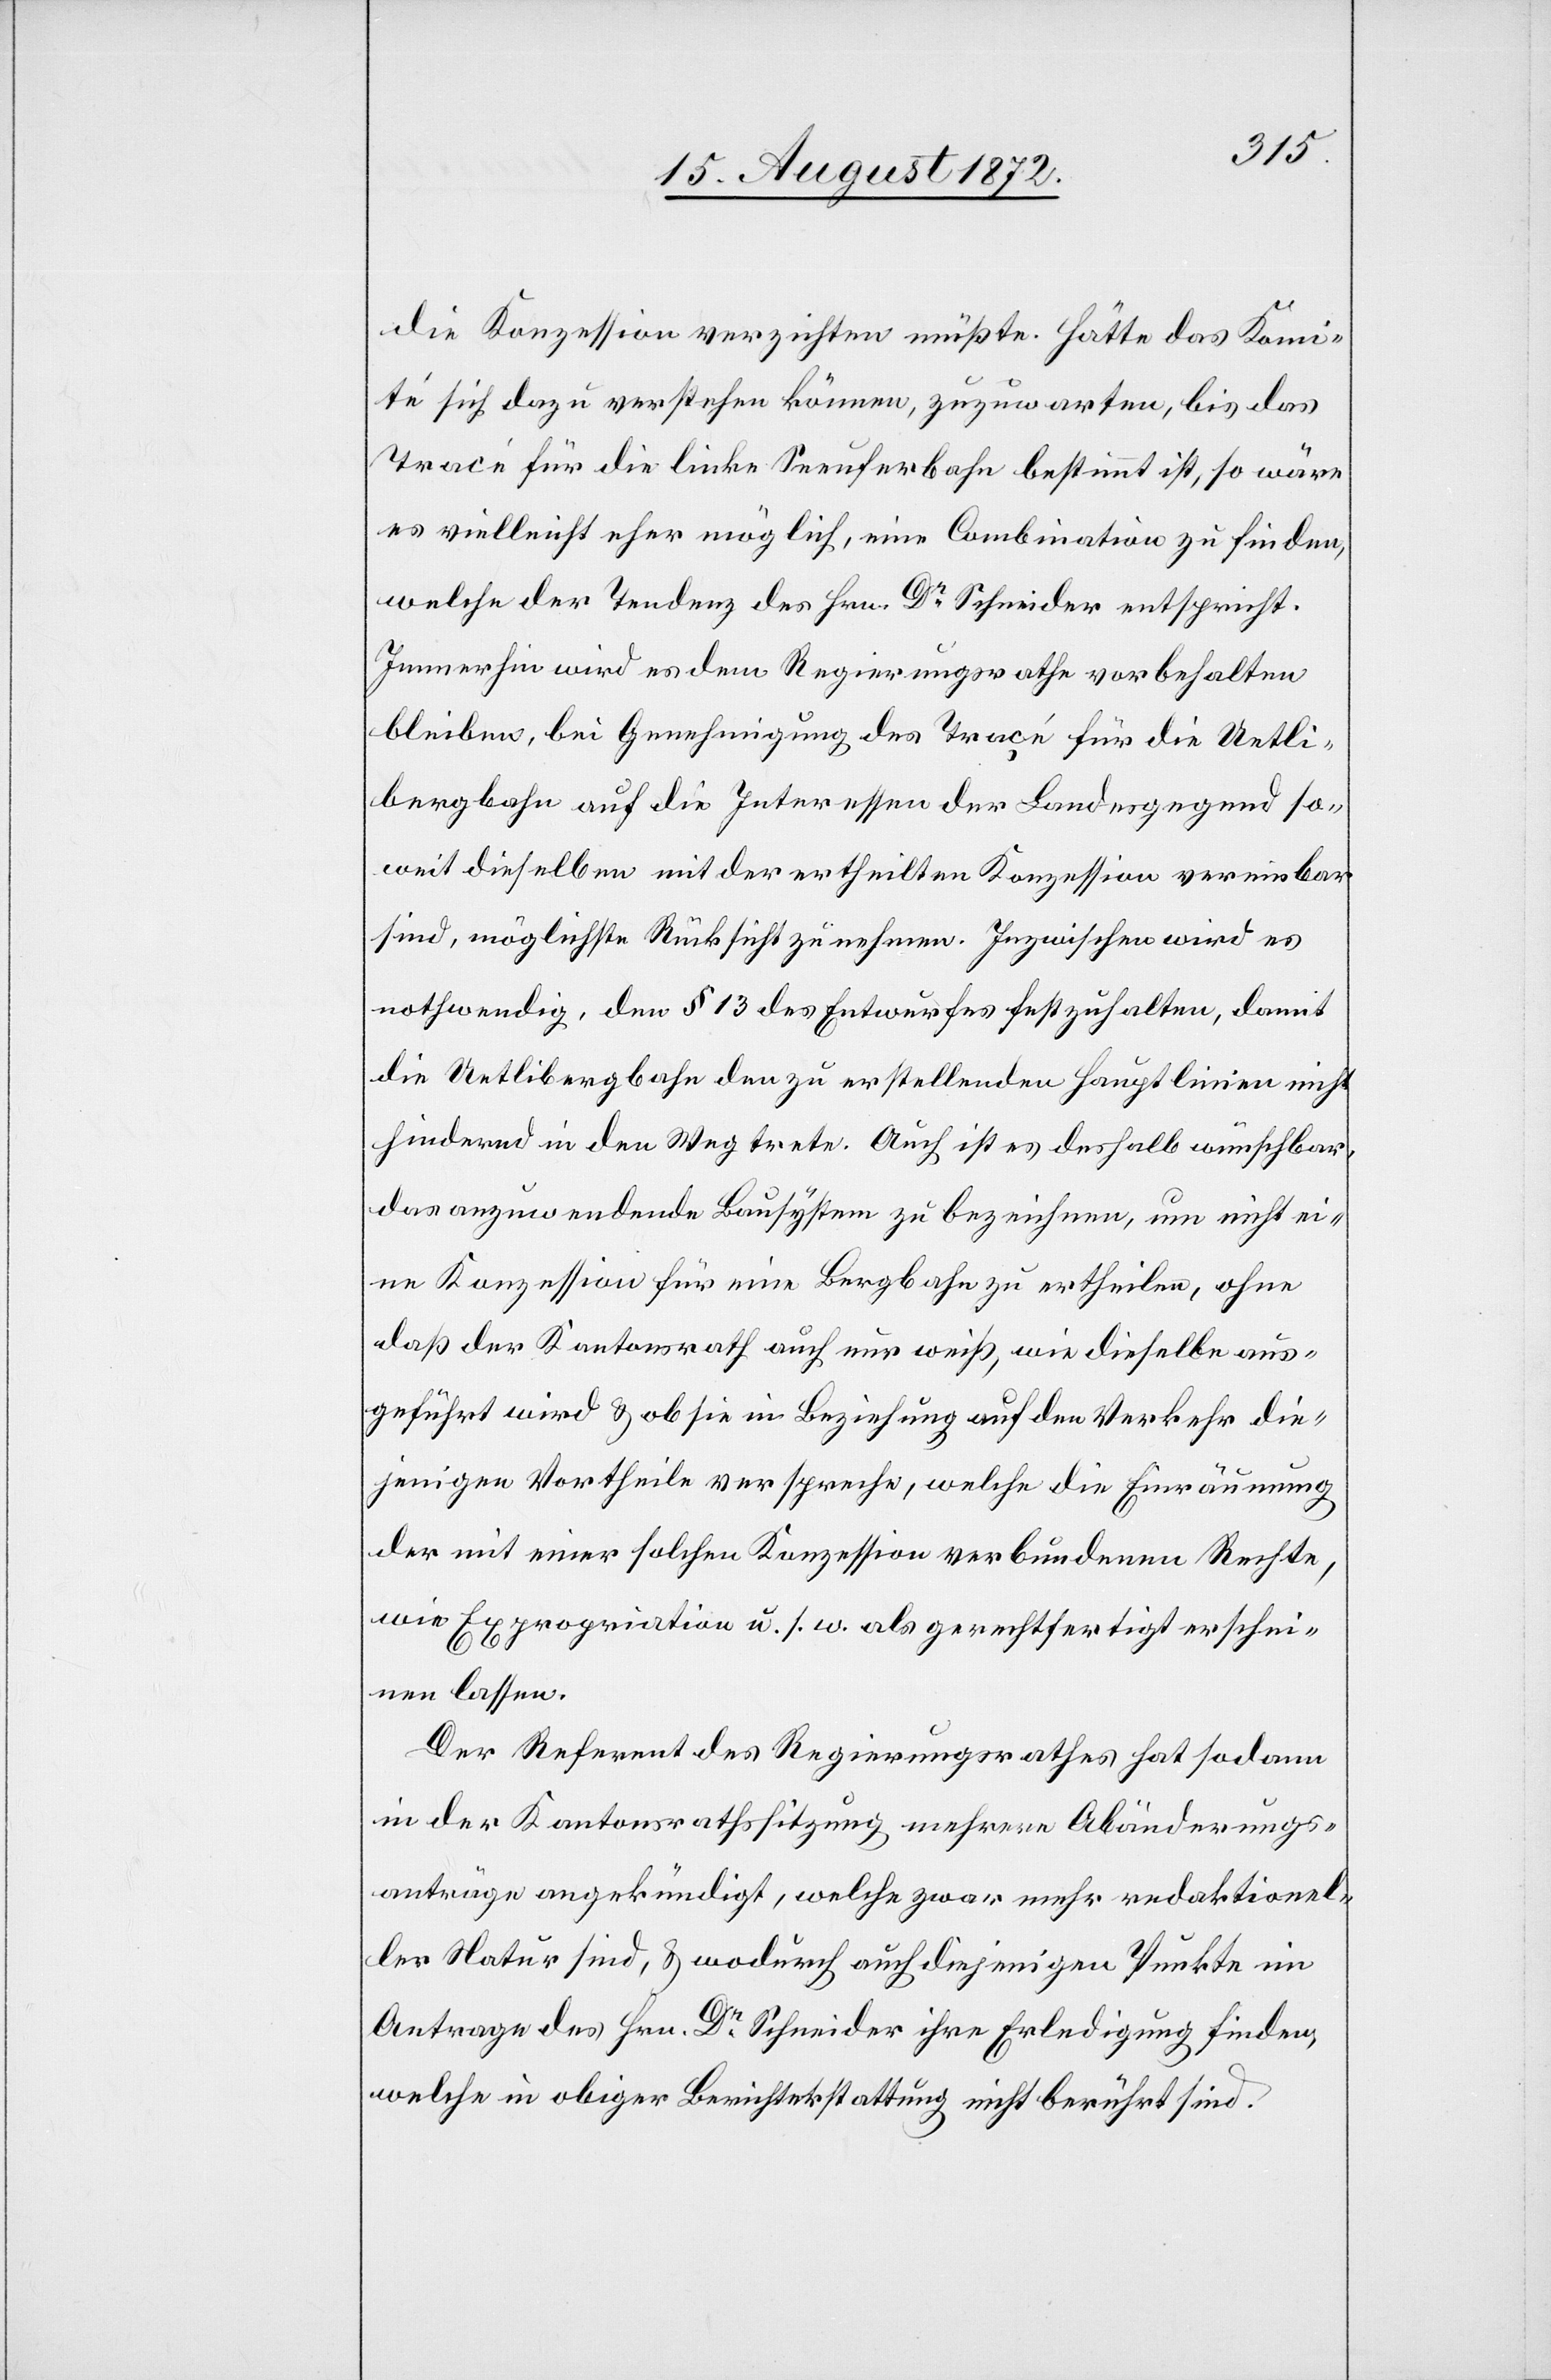
die Konzession verzichten müßte. Hätte das Komi¬
té sich dazu verstehen können, zuzuwarten, bis das
Tracé für die linke Seeuferbahn bestimmt ist, so wäre
es vielleicht eher möglich, eine Combination zu finden,
welche der Tendenz des Hrn. Dr Schneider entspricht.
Immerhin wird es dem Regierungsrathe vorbehalten
bleiben, bei Genehmigung des Traçé für die Uetli¬
bergbahn auf die Interessen der Landesgegend so¬
weit dieselben mit der ertheilten Konzession vereinbar
sind, möglichste Rücksicht zu nehmen. Inzwischen wird es
nothwendig, den § 13 des Entwurfes festzuhalten, damit
die Uetlibergbahn den zu erstellenden Hauptlinien nicht
hindernd in den Weg trete. Auch ist es deshalb wünschbar,
das anzuwendende Bausystem zu bezeichnen, um nicht ei¬
ne Konzession für eine Bergbahn zu ertheilen, ohne
daß der Kantonsrath auch nur weiß, wie dieselbe aus¬
geführt wird u. ob sie in Beziehung auf den Verkehr die¬
jenigen Vortheile verspreche, welche die Einräumung
der mit einer solchen Konzession verbundenen Rechte,
wie Expropriation u. s. w. als gerechtfertigt erschei¬
nen lassen.
Der Referent des Regierungsrathes hat sodann
in der Kantonsrathssitzung mehrere Abänderungs¬
anträge angekündigt, welche zwar mehr redaktionel¬
ler Natur sind, u. wodurch auch diejenigen Punkte im
Antrage des Hrn. Dr Schneider ihre Erledigung finden,
welche in obiger Berichterstattung nicht berührt sind.